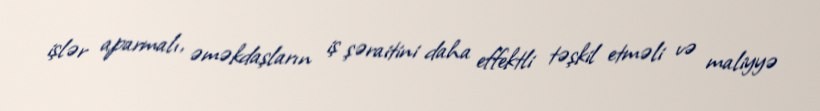
işlər aparmalı, əməkdaşların iş şəraitini daha effektli təşkil etməli və maliyyə